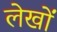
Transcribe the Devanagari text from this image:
लेखोंं